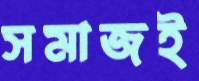
সমাজই